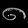
Digit: ၈